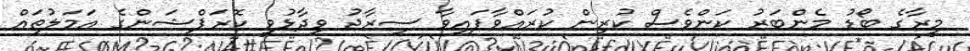
މީރާގެ ބޯޑު މެންބަރު ކަންވެސް ކުރިން ކުރައްވާފައިވާ ސިރާޖު ވިދާޅުވީ ކޮރަޕްޝަންގެ އަމަލުތައް